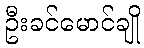
ဦးခင်မောင်ချို